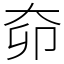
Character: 奅